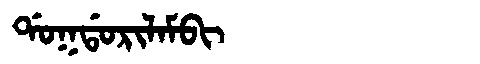
Manchu: ᡩᠣᡴᡩᠣᡵᡳᠯᠠᠮᠪᡳ
Romanization: DOKDORILAMBI